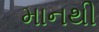
માનથી